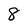
Character: 8